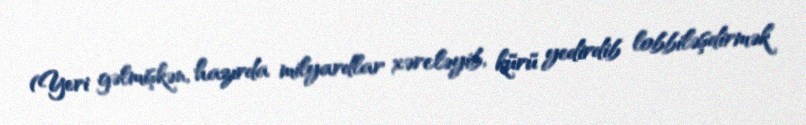
(Yeri gəlmişkən, hazırda milyardlar xərcləyib, kürü yedirdib lobbiləşdirmək